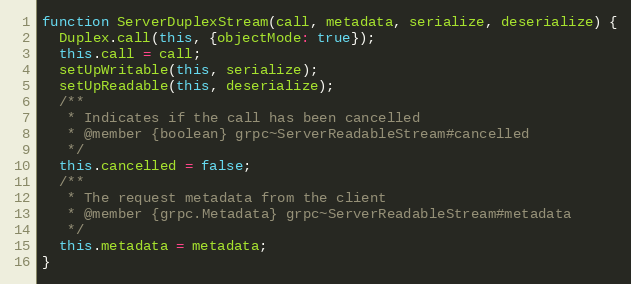
Language: JavaScript
function ServerDuplexStream(call, metadata, serialize, deserialize) {
  Duplex.call(this, {objectMode: true});
  this.call = call;
  setUpWritable(this, serialize);
  setUpReadable(this, deserialize);
  /**
   * Indicates if the call has been cancelled
   * @member {boolean} grpc~ServerReadableStream#cancelled
   */
  this.cancelled = false;
  /**
   * The request metadata from the client
   * @member {grpc.Metadata} grpc~ServerReadableStream#metadata
   */
  this.metadata = metadata;
}